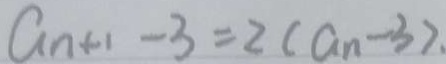
a _ { n + 1 } - 3 = 2 ( a _ { n } - 3 ) .